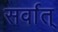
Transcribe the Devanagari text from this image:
सर्वात्